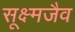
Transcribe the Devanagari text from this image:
सूक्ष्मजैव